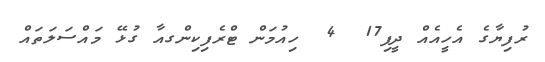
ރުފިޔާގެ އެހީއެއް ދީފި17  4  ހިއުމަން ޓްރެފިކިންގއާ ގުޅޭ މައްސަލަތައް